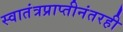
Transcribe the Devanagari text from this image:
स्वातंत्रप्राप्तीनंतरही